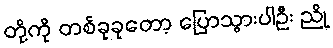
တို့ကို တစ်ခုခုတော့ ပြောသွားပါဦး ညို